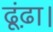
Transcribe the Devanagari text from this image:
ढूंढ़ा।